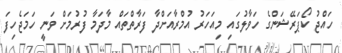
ހައްޖު ކޯޕަރޭޝަންގެ ހަވާލުގައި މިއަހަރު އުމްރާއަށްދާ ފަރާތްތައް މާދަމާ ފުރުމަށް ވަނީ ހަމަޖެހިފަ